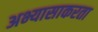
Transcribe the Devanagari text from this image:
अभ्यासाकरता